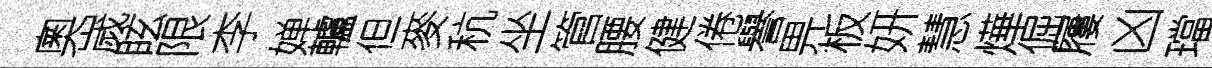
奧嵗眩限李婵轤但麥秔坐管腰健倦譽畀板妍慧燁倔屨凶璫